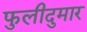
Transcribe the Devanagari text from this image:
फुलीदुमार